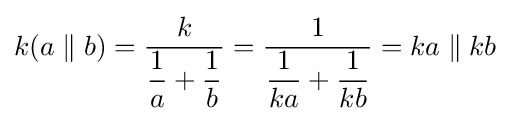
k(a\parallel b)={\frac {k}{{\dfrac {1}{a}}+{\dfrac {1}{b}}}}={\frac {1}{{\dfrac {1}{ka}}+{\dfrac {1}{kb}}}}=ka\parallel kb